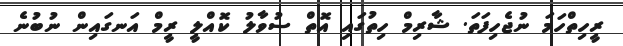
ރީހިތްހަމަ ނުޖެހިފަތަ. ޝާރިމް ހިތުގައި އޮތް ސުވާލު ކޮއްލީ ރީމް އަނގައިން ނުބުނެ